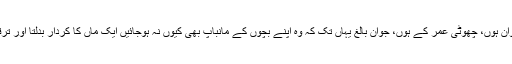
چاہے بچے نوجوان ہوں، چھوٹی عمر کے ہوں، جوان بالغ یہاں تک کہ وہ اپنے بچوں کے مانباپ بھی کیوں نہ ہوجائيں ایک ماں کا کردار بدلتا اور ترقی کرتا جاتا ہے۔